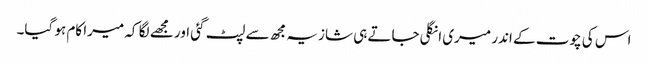
اس کی چوت کے اندر میری انگلی جاتے ہی شازیہ مجھ سے لپٹ گئی اور مجھے لگا کہ میرا کام ہو گیا۔